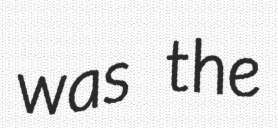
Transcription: was the